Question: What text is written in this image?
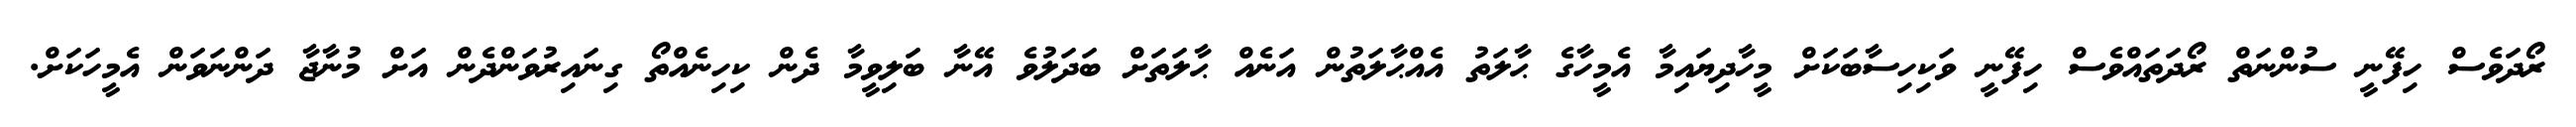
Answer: ރޯދަވެސް ހިފޭނީ ސުންނަތް ރޯދަތައްވެސް ހިފޭނީ ވަކިހިސާބަކަށް މީހާދިޔައިމާ އެމީހާގެ ޙާލަތު އެއްޙާލަތުން އަނެއް ޙާލަތަށް ބަދަލުވެ އޭނާ ބަލިވީމާ ދެން ކިހިނެއްތޯ ގިނައިރުވަންދެން އަށް މުނާޖާ ދަންނަވަން އެމީހަކަށް.